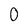
Character: 0